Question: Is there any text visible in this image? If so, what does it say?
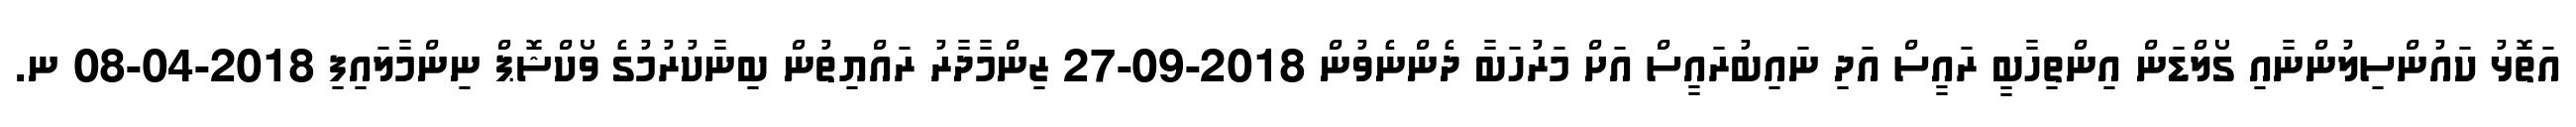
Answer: އަތޮޅު ކައުންސިލުންނާއި ގޯލްޑަން އިންތިހާބީ ރައީސް އަދި ނައިބުރައީސް އަށް މަރުހަބާ ދެންނެވުން 2018-09-27 ޒިންމާދާރު ރައްޔިތުން ބިނާކުރުމުގެ ވޯކްޝޮޕް ނިންމާލައިފި 2018-04-08 ނ.